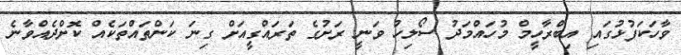
ވާހަކަފުޅުގައި އިބްރާހީމް މުހަައްމަދު ސޯލިހު ވަނީ ރަށުގެ ތަރައްގީއަށް ގިނަ ކަންތައްތަކެއް ކޮށްދެއްވާނެ